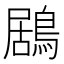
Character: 鶋